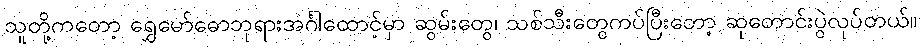
သူတို့ကတော့ ရွှေမော်ဓောဘုရားအင်္ဂါထောင့်မှာ ဆွမ်းတွေ၊ သစ်သီးတွေကပ်ပြီးတော့ ဆုတောင်းပွဲလုပ်တယ်။